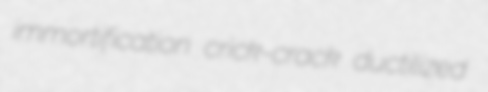
immortification crick-crack ductilized